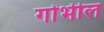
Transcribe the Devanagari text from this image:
गोभील